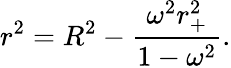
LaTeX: r^{2}=R^{2}-\frac{\omega^{2}r_{+}^{2}}{1-\omega^{2}}.